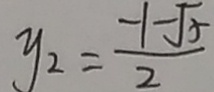
y _ { 2 } = \frac { - 1 - \sqrt { 5 } } { 2 }